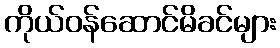
ကိုယ်ဝန်ဆောင်မိခင်များ